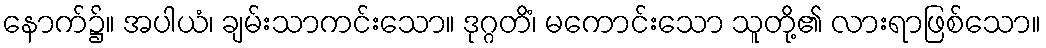
နောက်၌။ အပါယံ၊ ချမ်းသာကင်းသော။ ဒုဂ္ဂတိံ၊ မကောင်းသော သူတို့၏ လားရာဖြစ်သော။